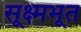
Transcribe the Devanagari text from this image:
सूक्ष्मभूत